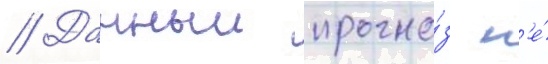
// Данныи прогно́з н'е́